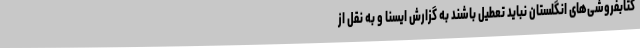
کتابفروشی‌های انگلستان نباید تعطیل باشند به گزارش ایسنا و به نقل از